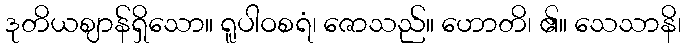
ဒုတိယဈာန်ရှိသော။ ရူပါဝစရံ၊ ဇောသည်။ ဟောတိ၊ ၏။ သေသာနိ၊